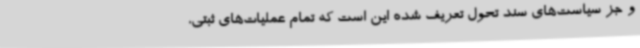
و جز سیاست‌های سند تحول تعریف شده این است که تمام عملیات‌های ثبتی،